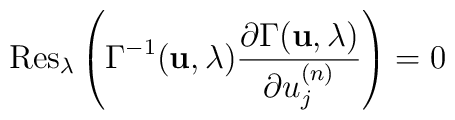
{\rm  Res}_\lambda \left(\Gamma^{-1}({\bf u},\lambda) \frac{\partial\Gamma({\bf u},\lambda)}{\partial u_j^{(n)}}\right)=0